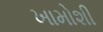
ખામોશી